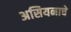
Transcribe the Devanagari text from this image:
असियनाचे